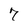
Character: 7